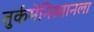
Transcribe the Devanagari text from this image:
तुर्कमेनिस्तानला